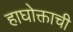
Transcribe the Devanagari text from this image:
हाघोक्ताची